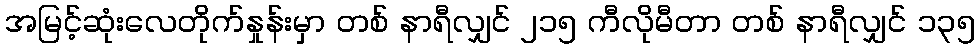
အမြင့်ဆုံးလေတိုက်နှုန်းမှာ တစ် နာရီလျှင် ၂၁၅ ကီလိုမီတာ တစ် နာရီလျှင် ၁၃၅